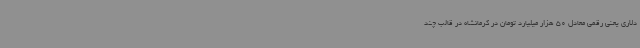
دلاری یعنی رقمی معادل 50 هزار میلیارد تومان در کرمانشاه در قالب چند